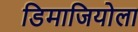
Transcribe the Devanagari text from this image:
डिमाजियोला